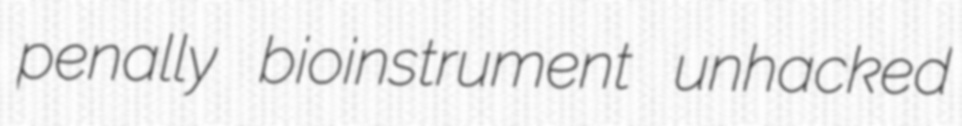
penally bioinstrument unhacked